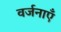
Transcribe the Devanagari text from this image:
वर्जनाएँ